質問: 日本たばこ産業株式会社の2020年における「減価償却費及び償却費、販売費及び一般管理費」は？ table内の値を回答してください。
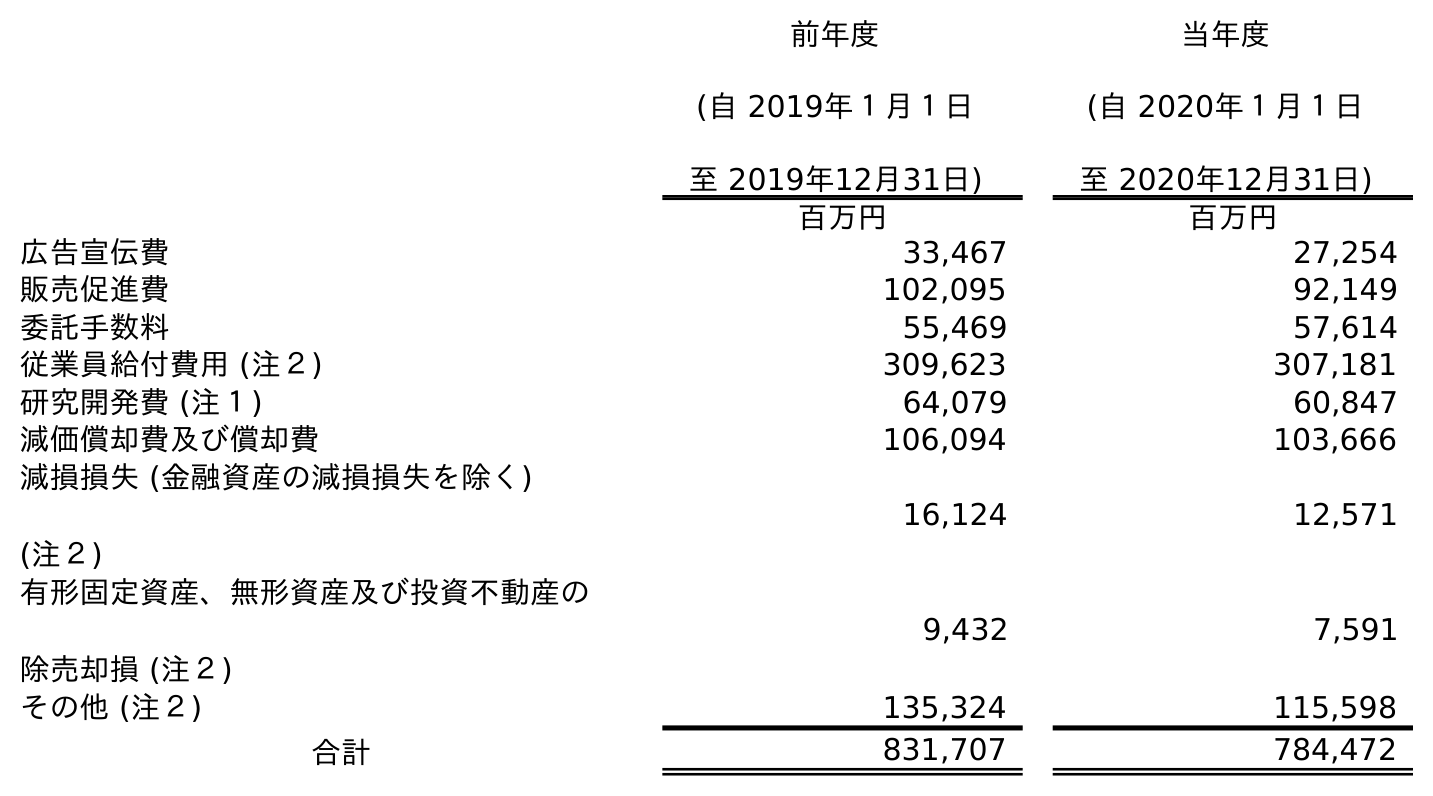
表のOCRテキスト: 前年度 (自 2019年１月１日 至 2019年12月31日) 当年度 (自 2020年１月１日 至 2020年12月31日) 百万円 百万円 広告宣伝費 33,467 27,254 販売促進費 102,095 92,149 委託手数料 55,469 57,614 従業員給付費用 (注２) 309,623 307,181 研究開発費 (注１) 64,079 60,847 減価償却費及び償却費 106,094 103,666 減損損失 (金融資産の減損損失を除く) (注２) 16,124 12,571 有形固定資産、無形資産及び投資不動産の 除売却損 (注２) 9,432 7,591 その他 (注２) 135,324 115,598 合計 831,707 784,472
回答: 103,666